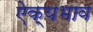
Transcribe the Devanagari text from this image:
ऐक्यभाव